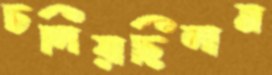
চলিয়াছিলাম